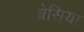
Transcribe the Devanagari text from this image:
ब्रेसिया